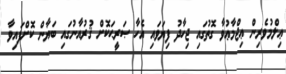
ޢިލްމުވެރިން ޢިޖްމާޢުވާ ގޮތުގައި ޖިހާދު ފިޔަވައި އެހާ ޞަރީޙަކޮށް ޤުރުއާނުގައި ބަޔާން ކޮށްފައިވާ